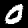
Digit: 0